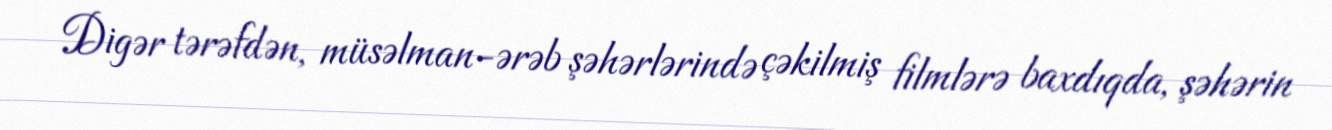
Digər tərəfdən, müsəlman-ərəb şəhərlərində çəkilmiş filmlərə baxdıqda, şəhərin